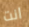
انت